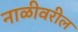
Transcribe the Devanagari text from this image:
नाळीवरील